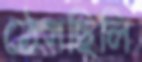
ঠেসছিলি